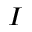
I